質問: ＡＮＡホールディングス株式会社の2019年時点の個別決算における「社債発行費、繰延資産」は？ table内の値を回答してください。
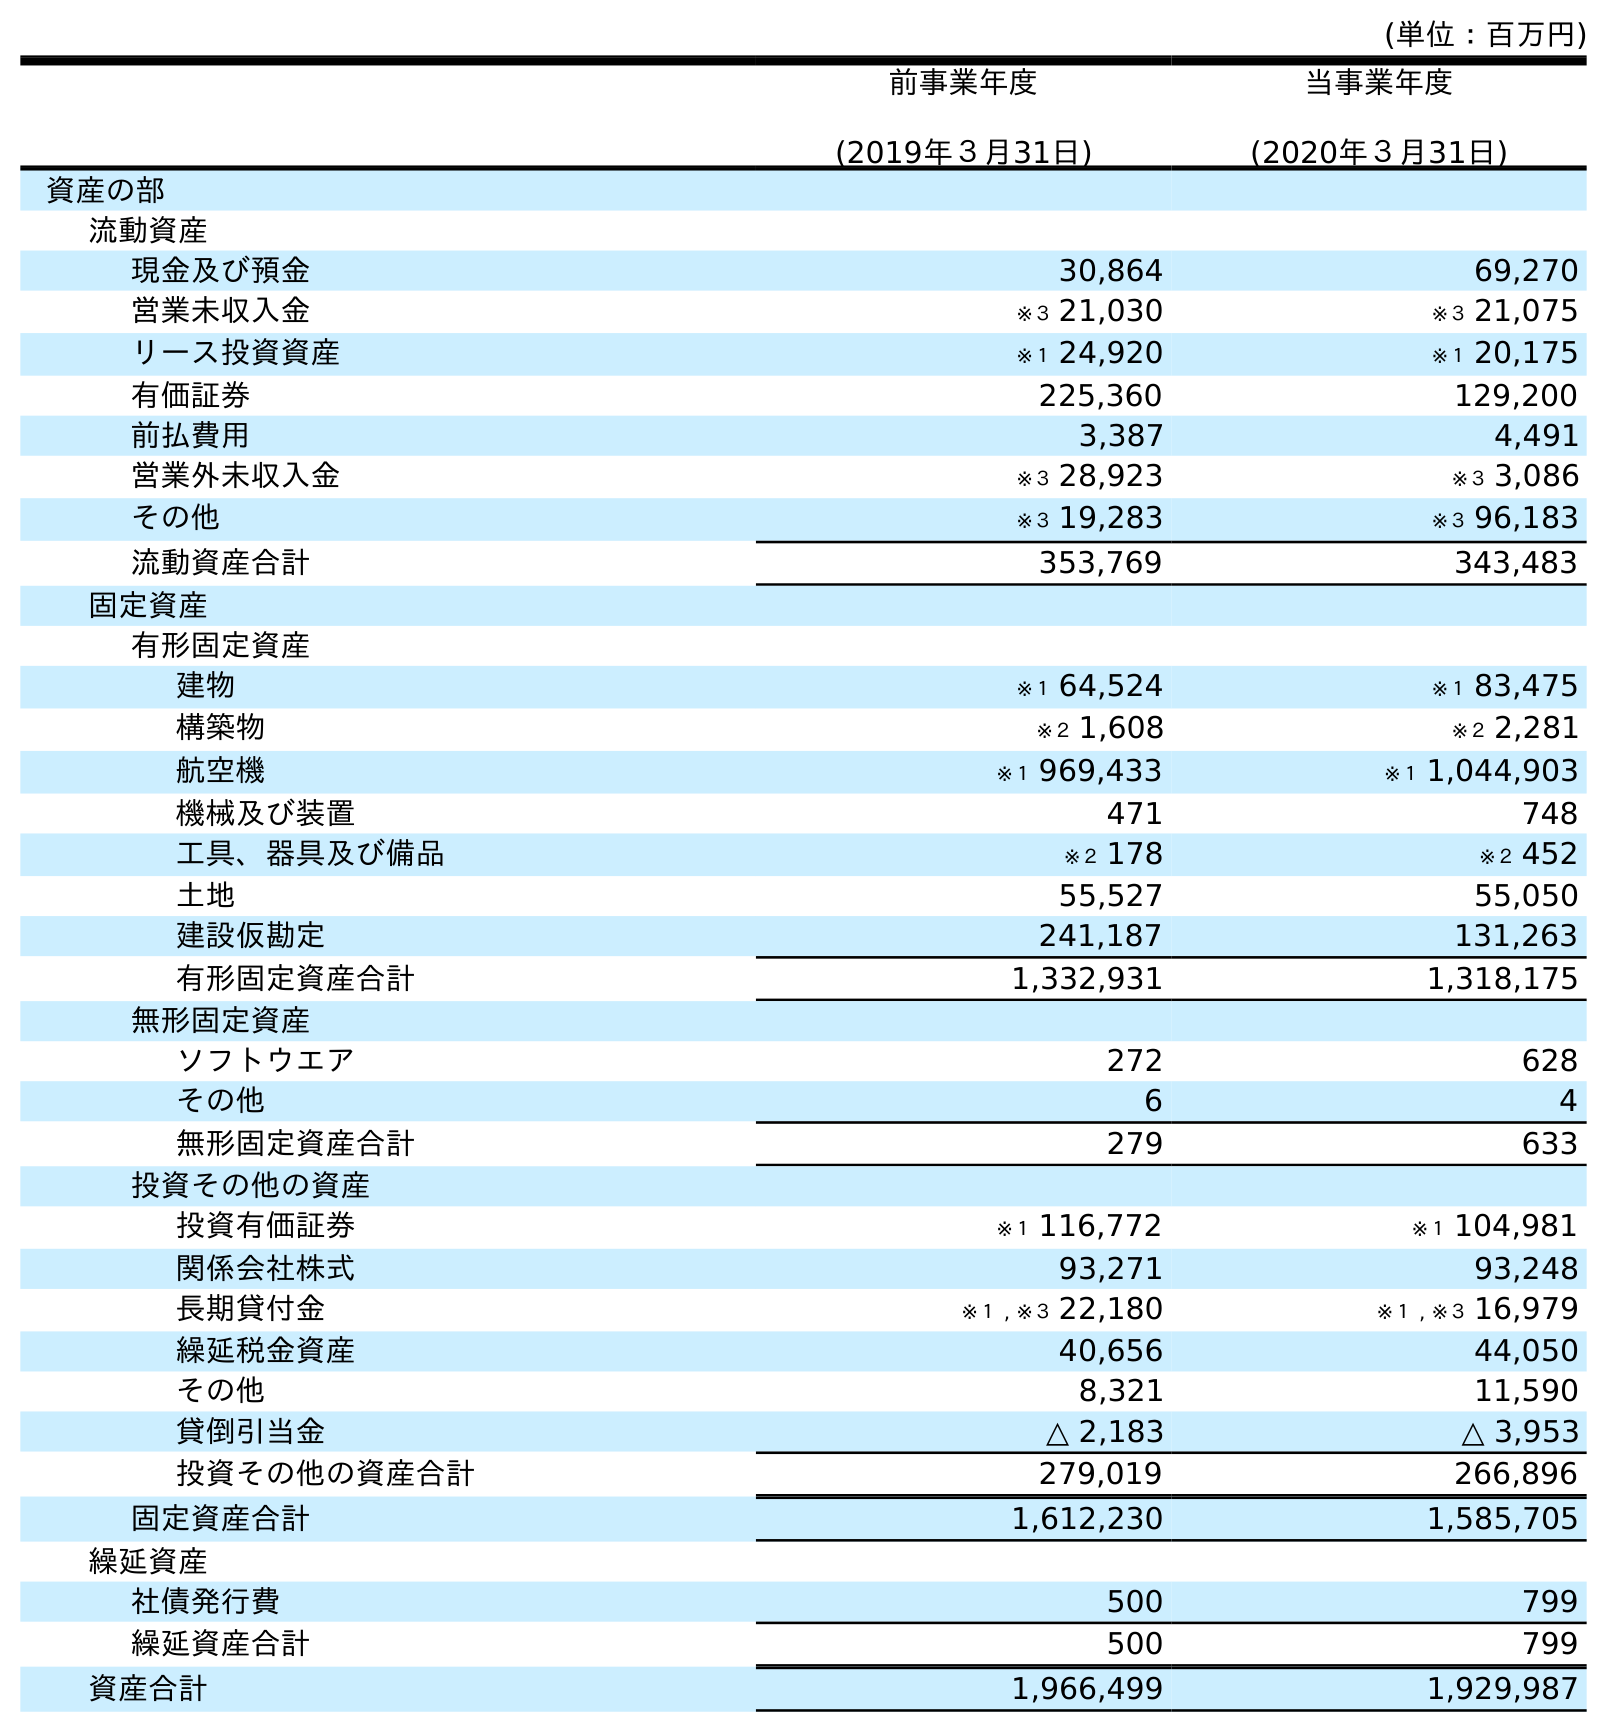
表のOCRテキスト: (単位：百万円) 前事業年度 (2019年３月31日) 当事業年度 (2020年３月31日) 資産の部 流動資産 現金及び預金 30,864 69,270 営業未収入金 ※３ 21,030 ※３ 21,075 リース投資資産 ※１ 24,920 ※１ 20,175 有価証券 225,360 129,200 前払費用 3,387 4,491 営業外未収入金 ※３ 28,923 ※３ 3,086 その他 ※３ 19,283 ※３ 96,183 流動資産合計 353,769 343,483 固定資産 有形固定資産 建物 ※１ 64,524 ※１ 83,475 構築物 ※２ 1,608 ※２ 2,281 航空機 ※１ 969,433 ※１ 1,044,903 機械及び装置 471 748 工具、器具及び備品 ※２ 178 ※２ 452 土地 55,527 55,050 建設仮勘定 241,187 131,263 有形固定資産合計 1,332,931 1,318,175 無形固定資産 ソフトウエア 272 628 その他 6 4 無形固定資産合計 279 633 投資その他の資産 投資有価証券 ※１ 116,772 ※１ 104,981 関係会社株式 93,271 93,248 長期貸付金 ※１ , ※３ 22,180 ※１ , ※３ 16,979 繰延税金資産 40,656 44,050 その他 8,321 11,590 貸倒引当金 △ 2,183 △ 3,953 投資その他の資産合計 279,019 266,896 固定資産合計 1,612,230 1,585,705 繰延資産 社債発行費 500 799 繰延資産合計 500 799 資産合計 1,966,499 1,929,987
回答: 500